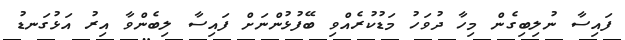
ފައިސާ ނުލިބިގެން މިހާ ދުވަހު މަޑުކުރެއްވި ބޭފުޅުންނަށް ފައިސާ ލިބެންވާ އިރު އަޅުގަނޑު